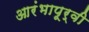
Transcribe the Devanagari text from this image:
आरंभापूर्वी